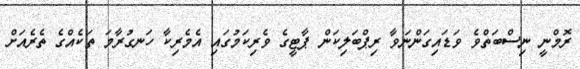
ރޮމްނީ ނިސްބަތްވެ ވަޑައިގަންނަވާ ރިޕްބަލިކަން ޕާޓީގެ ވެރިކަމުގައި އެމެރިކާ ހަނގުރާމަ ތަކެއްގެ ތެރެއަށް